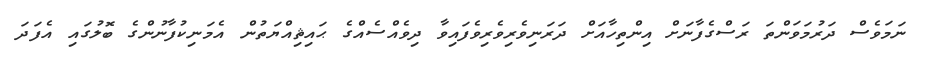
ނަމަވެސް ދަރުމަވަންތަ ރަސްގެފާނަށް އިންތިހާއަށް ދަރަނިވެރިވެރިވެފައިވާ ދިވެއްސެއްގެ ޙައިޘިއްޔަތުން އެމަނިކުފާނުންގެ ބޮލުގައި އެފަދަ